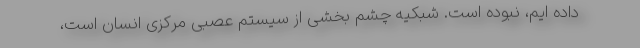
داده ایم، نبوده است. شبکیه چشم بخشی از سیستم عصبی مرکزی انسان است،